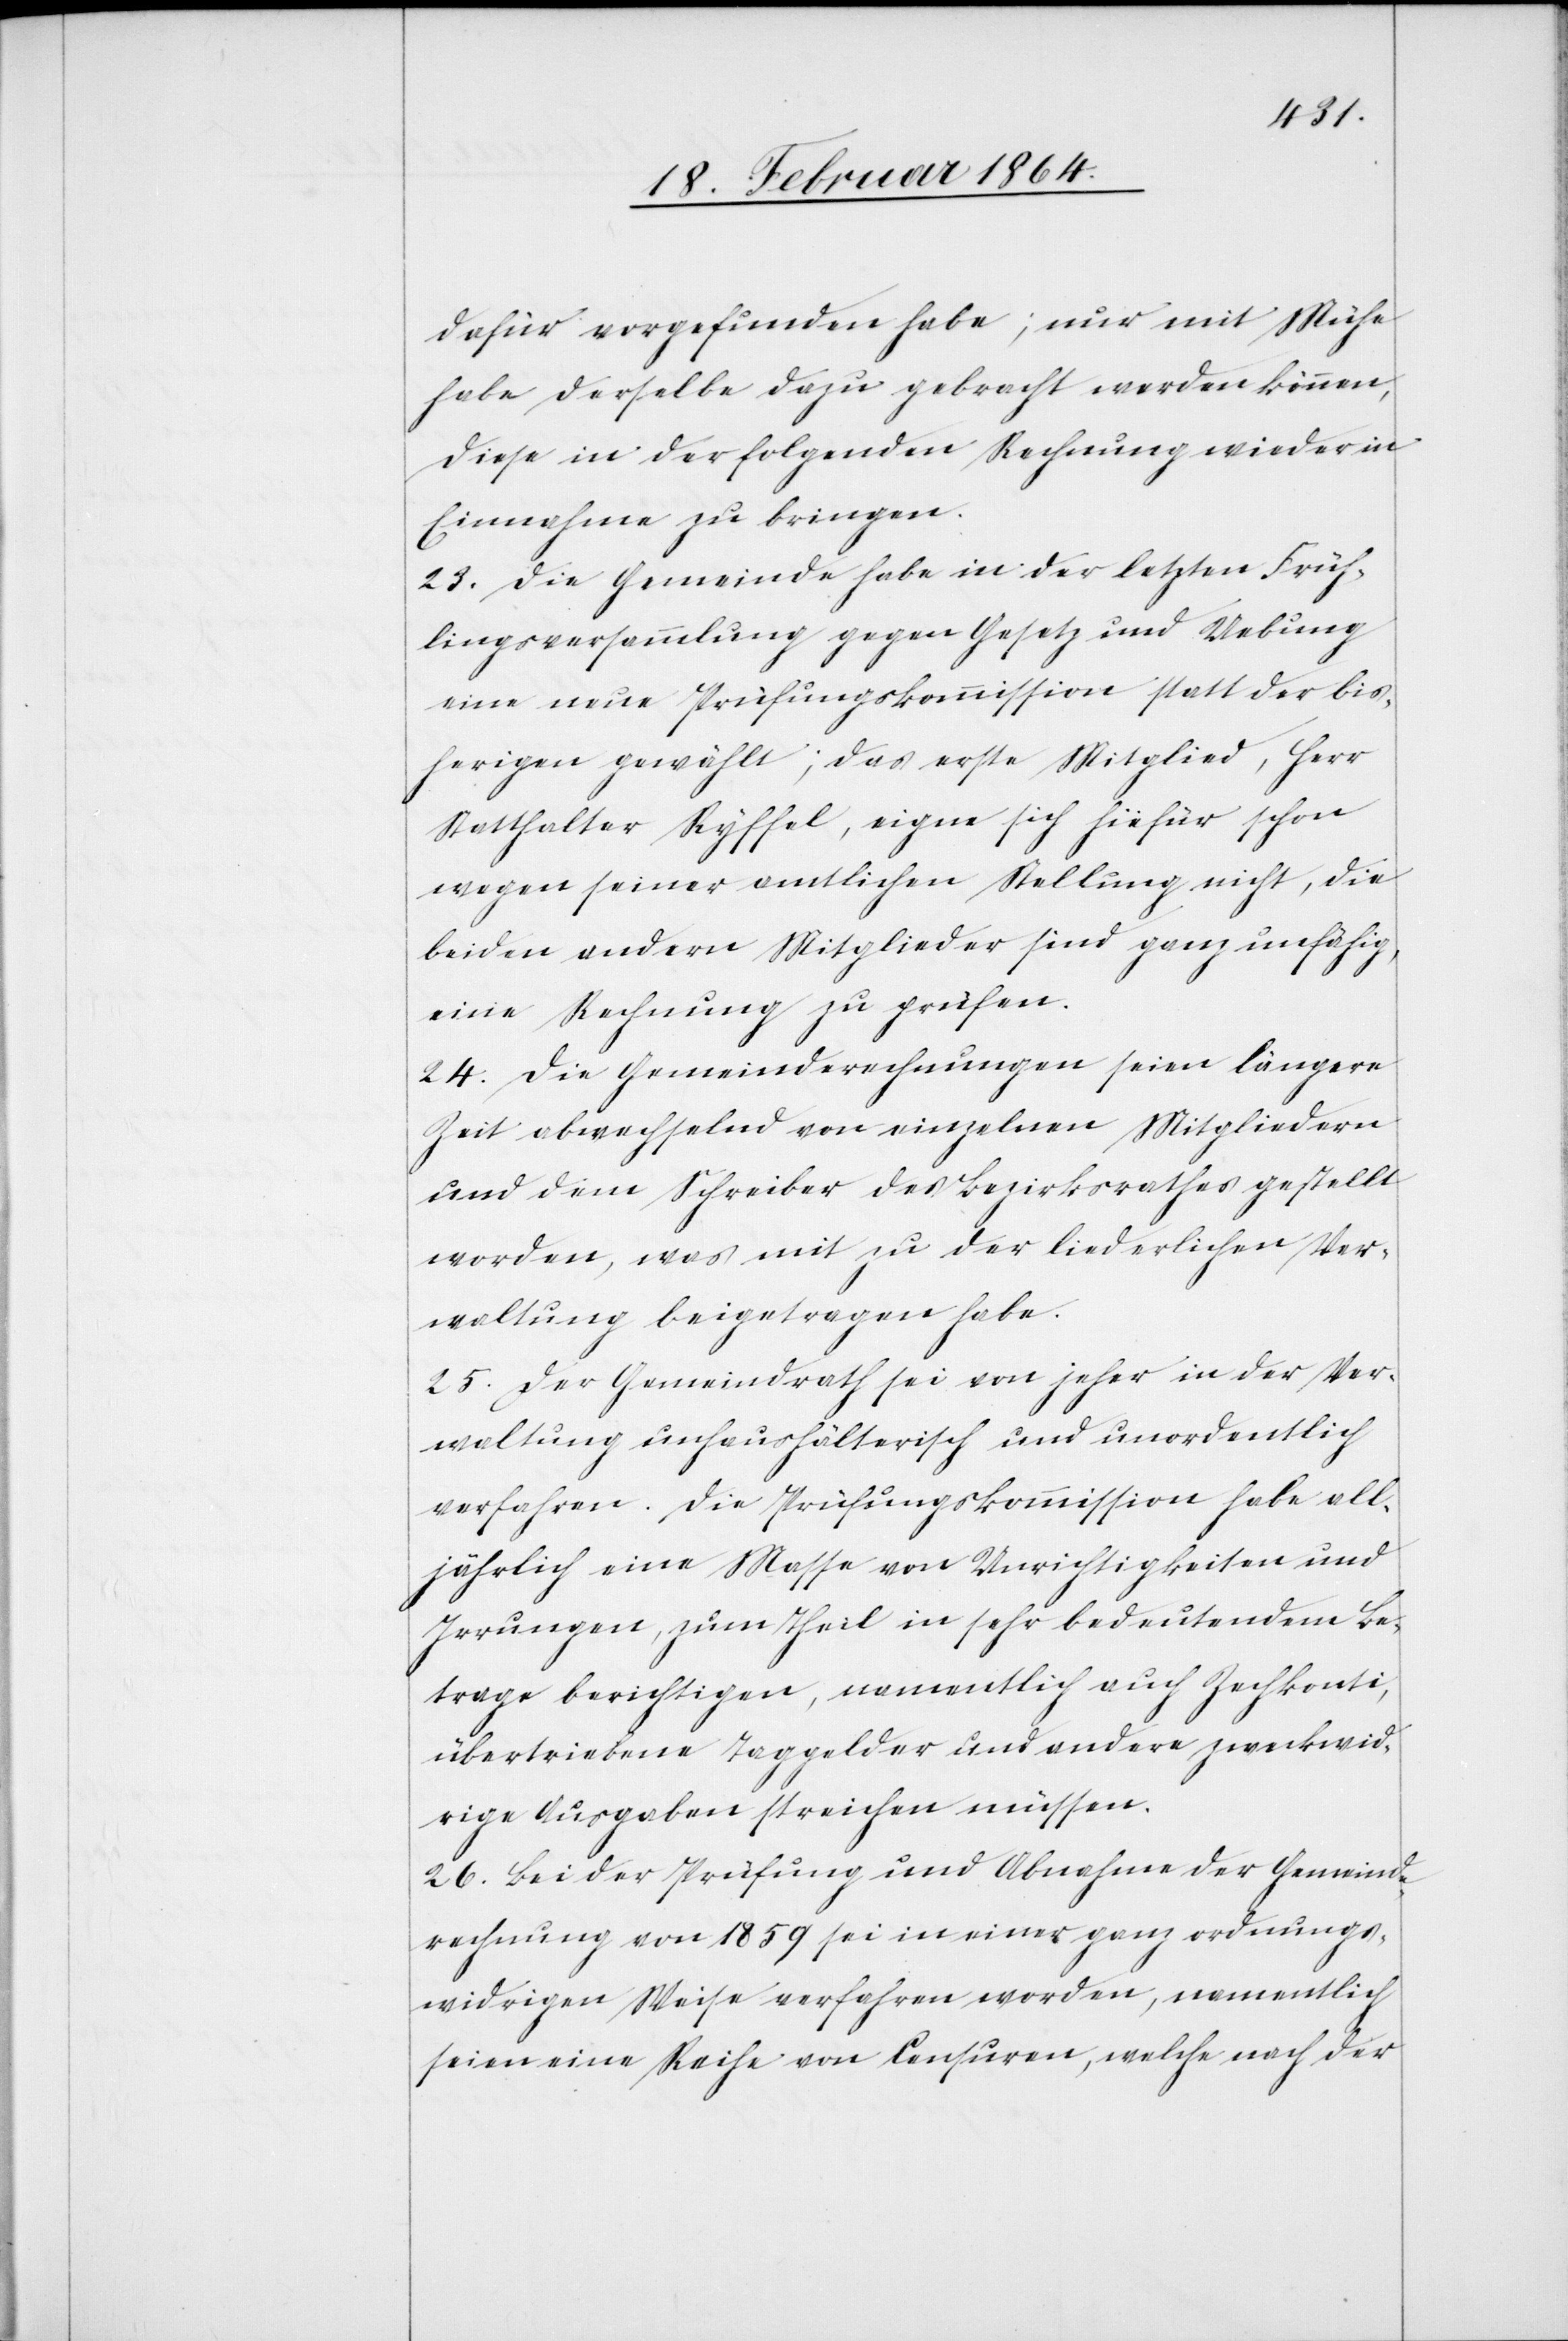
dafür vorgefunden habe; nur mit Mühe
habe derselbe dazu gebracht werden können,
diese in der folgenden Rechnung wieder in
Einnahme zu bringen.
[sic!] Die Gemeinde habe in der letzten Früh¬
lingsversammlung gegen Gesetz und Uebung
eine neue Prüfungskommission statt der bis¬
herigen gewählt; das erste Mitglied, Herr
Statthalter Ryffel, eigne sich hiefür schon
wegen seiner amtlichen Stellung nicht, die
beiden andern Mitglieder sind ganz unfähig,
eine Rechnung zu prüfen.
24. Die Gemeindsrechnungen seien längere
Zeit abwechselnd von einzelnen Mitgliedern
und dem Schreiber des Bezirksrathes gestellt
worden, was mit zu der liederlichen Ver¬
waltung beigetragen habe.
25. Der Gemeindrath sei von jeher in der Ver¬
waltung unhaushälterisch und unordentlich
verfahren. Die Prüfungskommission habe all¬
jährlich eine Masse von Unrichtigkeiten und
Irrungen, zum Theil in sehr bedeutendem Be¬
trage berichtigen, namentlich auch Zechkonti,
übertriebene Taggelder und andere zweckwid¬
rige Ausgaben streichen müssen.
26. Bei der Prüfung und Abnahme der Gemeinde¬
rechnung von 1859 sei in einer ganz ordnungs¬
widrigen Weise verfahren worden, namentlich
seien eine Reihe von Censuren, welche nach der